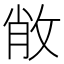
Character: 𢽐